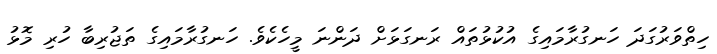
ހިތްވަރުގަދަ ހަނގުރާމައިގެ އުކުޅުތައް ރަނގަޅަށް ދަންނަ މީހެކެވެ. ހަނގުރާމައިގެ ތަޖުރިބާ ހުރި މޮޅު